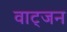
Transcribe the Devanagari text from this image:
वाट्जन